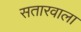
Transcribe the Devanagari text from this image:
सतारवाला